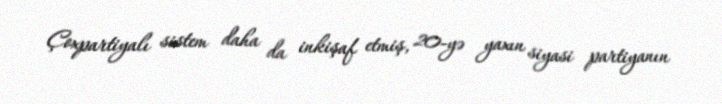
Çoxpartiyalı sistem daha da inkişaf etmiş, 20-yə yaxın siyasi partiyanın